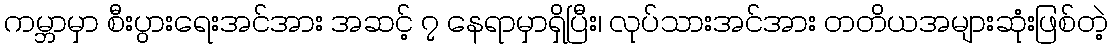
ကမ္ဘာမှာ စီးပွားရေးအင်အား အဆင့် ၇ နေရာမှာရှိပြီး၊ လုပ်သားအင်အား တတိယအများဆုံးဖြစ်တဲ့